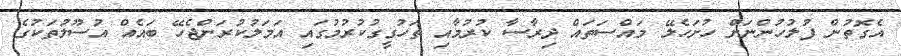
އެގޮތުން ފުލުހުންނަށް ހުށަހެލޭ މައްސަަތައް ދިރާސާ ކުރުމާއި ތަހުގީގުކުރުމުގައި އަމަލުކުރަންޖެހޭ ބައެއް އުސޫލުތަކުގެ